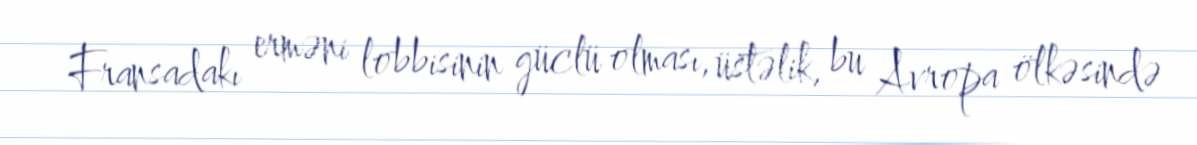
Fransadakı erməni lobbisinin güclü olması, üstəlik, bu Avropa ölkəsində